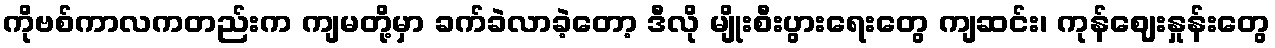
ကိုဗစ်ကာလကတည်းက ကျမတို့မှာ ခက်ခဲလာခဲ့တော့ ဒီလို မျိုးစီးပွားရေးတွေ ကျဆင်း၊ ကုန်ဈေးနှုန်းတွေ